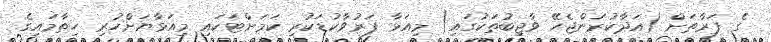
ގެ ފަރާތަށް (އަދާކުރަންޖެހޭ ވާޖިބުތަކުގައި) މިއަޅާ ފަރުވާކުޑަކުރި ކަމަށްޓަކައި މިއަޅާޔަށްހުރި ހިތާމައިގެ